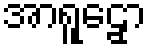
အာရူဠှော